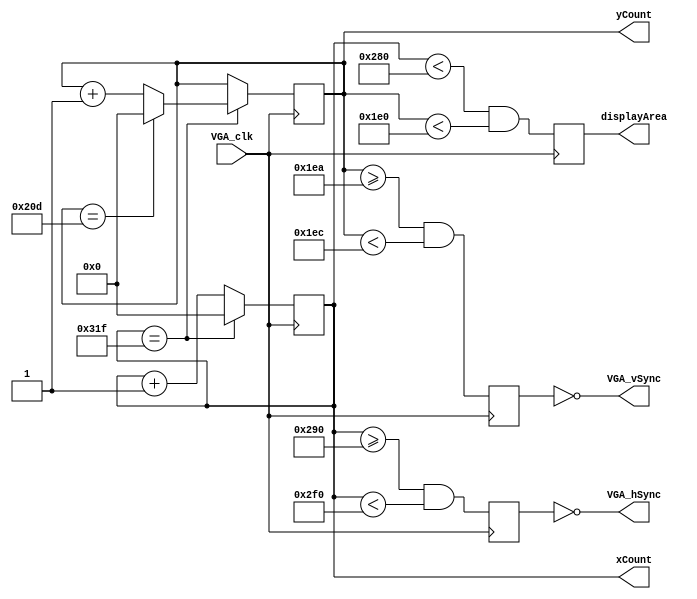
`timescale 1ns / 1ps
//////////////////////////////////////////////////////////////////////////////////
// Company: 
// Engineer: 
// 
// Design Name: 
// Module Name: test
// Project Name: 
// Target Devices: 
// Tool Versions: 
// Description: 
// 
// Dependencies: 
// 
// Revision:
// Revision 0.01 - File Created
// Additional Comments:
// 
//////////////////////////////////////////////////////////////////////////////////



module VGA_gen(VGA_clk, xCount, yCount, displayArea, VGA_hSync, VGA_vSync);

  input VGA_clk;
  output reg [9:0]xCount, yCount; 
  output reg displayArea;  
  output VGA_hSync, VGA_vSync;

  reg p_hSync, p_vSync; 
  
  integer porchHF = 640; //start of horizntal front porch
  integer syncH = 656;//start of horizontal sync
  integer porchHB = 752; //start of horizontal back porch
  integer maxH = 799; //total length of line.

  integer porchVF = 480; //start of vertical front porch 
  integer syncV = 490; //start of vertical sync
  integer porchVB = 492; //start of vertical back porch
  integer maxV = 525; //total rows. 

  always@(posedge VGA_clk)
  begin
    if(xCount == maxH)
      xCount <= 0;
    else
      xCount <= xCount + 1;
  end
  always@(posedge VGA_clk)
  begin
    if(xCount == maxH)
    begin
      if(yCount == maxV)
        yCount <= 0;
      else
      yCount <= yCount + 1;
    end
  end
  
  always@(posedge VGA_clk)
  begin
    displayArea <= ((xCount < porchHF) && (yCount < porchVF)); 
  end

  always@(posedge VGA_clk)
  begin
    p_hSync <= ((xCount >= syncH) && (xCount < porchHB)); 
    p_vSync <= ((yCount >= syncV) && (yCount < porchVB)); 
  end
 
  assign VGA_vSync = ~p_vSync; 
  assign VGA_hSync = ~p_hSync;
endmodule